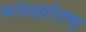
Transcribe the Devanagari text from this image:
भांडखोरपणा